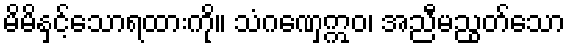
မိမိနှင့်သောရထားကို။ သံဂဏှေဣဝ၊ အညီမညွတ်သော